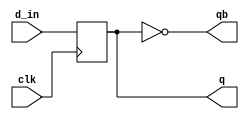
`timescale 1ns / 1ps
//////////////////////////////////////////////////////////////////////////////////
// Company: 
// Engineer: 
// 
// Design Name: 
// Module Name: d_ff
// Project Name: 
// Target Devices: 
// Tool Versions: 
// Description: 
// 
// Dependencies: 
// 
// Revision:
// Revision 0.01 - File Created
// Additional Comments:
// 
//////////////////////////////////////////////////////////////////////////////////


module d_ff(clk,d_in,q,qb);

        input clk,d_in;
        output reg q;
        output qb;
        
        always@(posedge clk)
        begin
        q <= d_in;
        end
        assign qb = ~q;       
             
endmodule